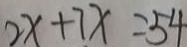
2 x + 7 x = 5 4